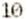
10